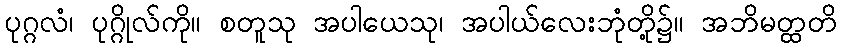
ပုဂ္ဂလံ၊ ပုဂ္ဂိုလ်ကို။ စတူသု အပါယေသု၊ အပါယ်လေးဘုံတို့၌။ အဘိမတ္ထတိ